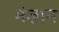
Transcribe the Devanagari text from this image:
मंज्ञान